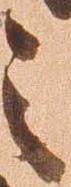
之